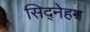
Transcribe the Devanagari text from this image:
सिद्नेहम